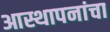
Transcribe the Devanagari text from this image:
आस्थापनांचा